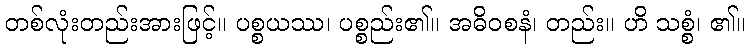
တစ်လုံးတည်းအားဖြင့်။ ပစ္စယဿ၊ ပစ္စည်း၏။ အဓိဝစနံ၊ တည်း။ ဟိ သစ္စံ၊ ၏။